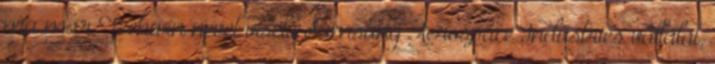
ma már Techwin nevet viselő Samsung Aerospace Industries vállalat,